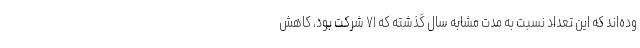
وده‌اند که این تعداد نسبت به مدت مشابه سال گذشته که ۷۱ شرکت بود، کاهش